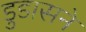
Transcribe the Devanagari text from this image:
डुडासने